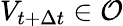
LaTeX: V_{t+\Delta{t}}\in\mathcal{O}